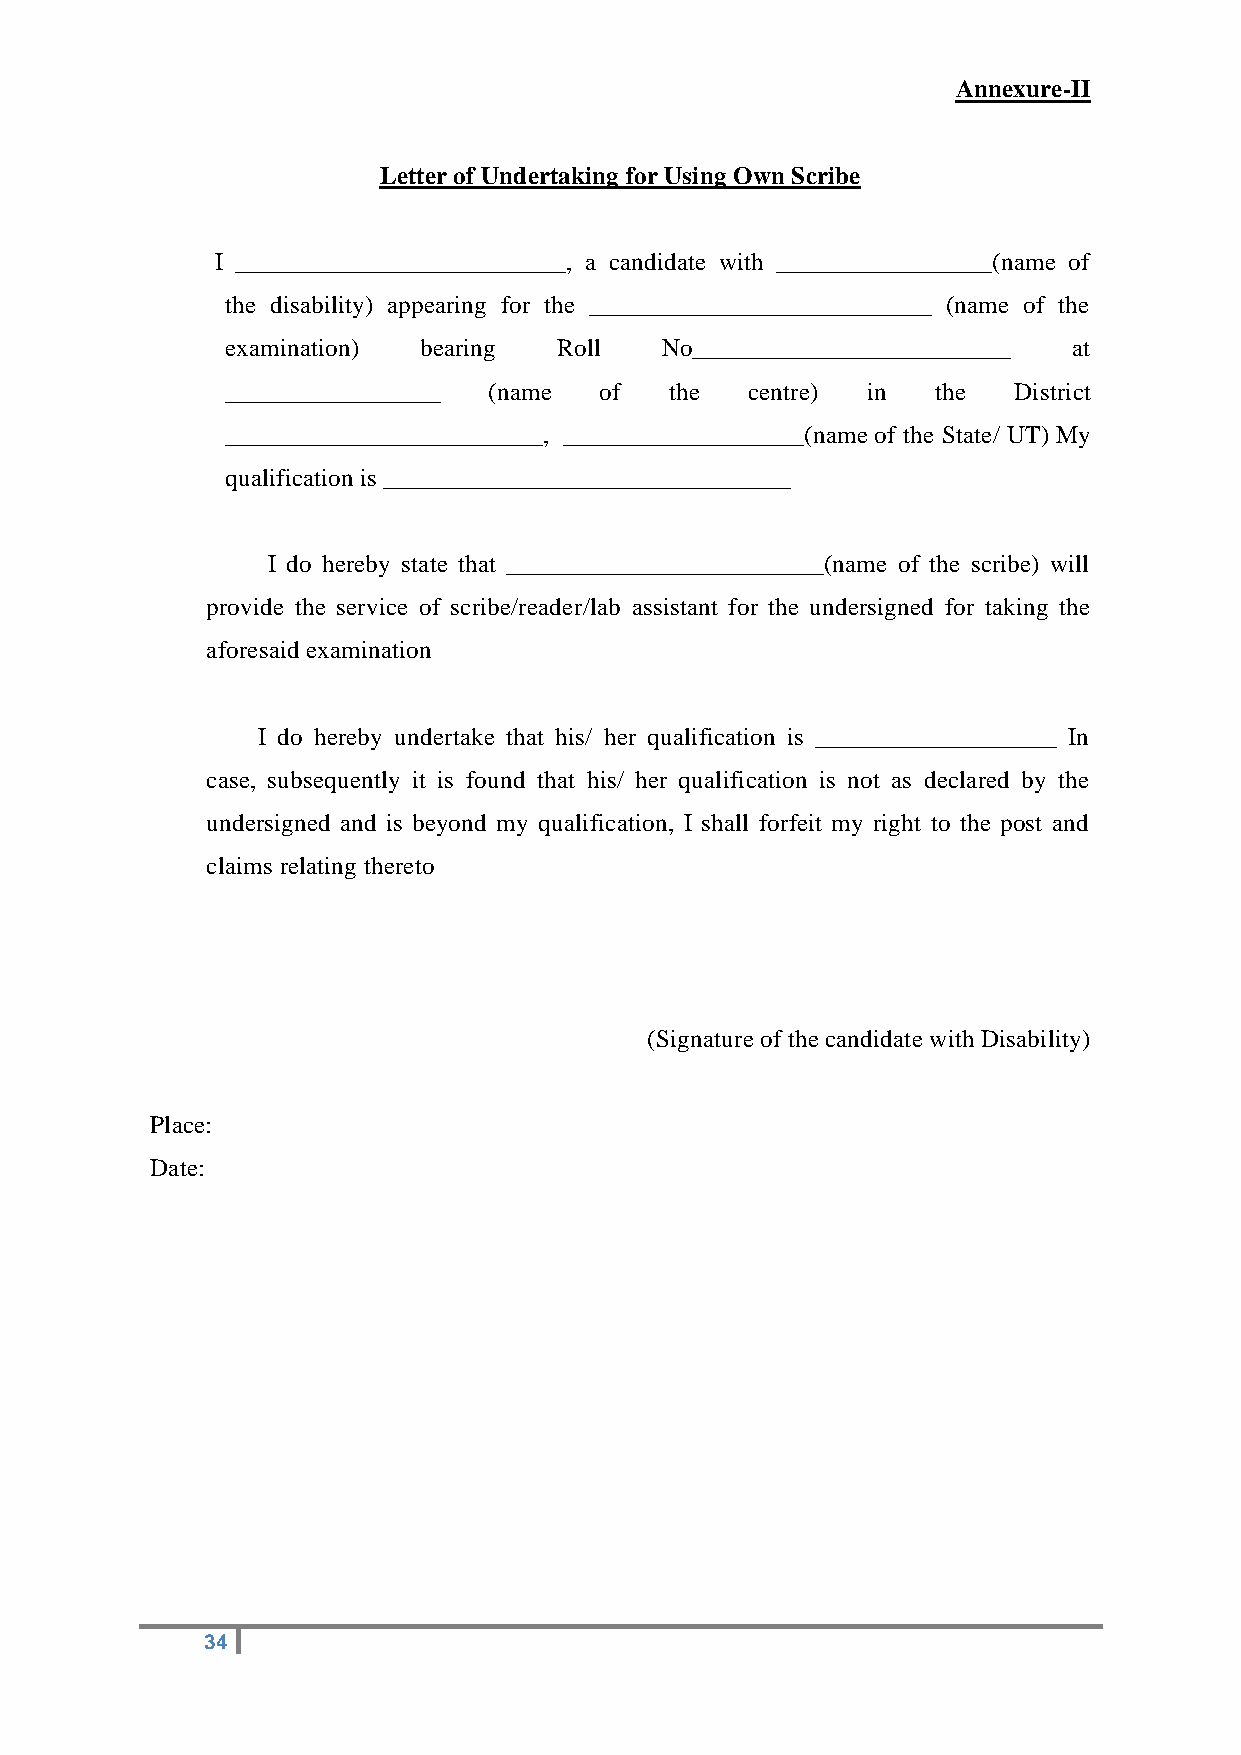
Annexure-II
 Letter of Undertaking for Using Own Scribe
 I __________________________, a candidate with _________________(name of
 the disability) appearing for the ___________________________ (name of the
 examination) bearing  Roll   No_________________________ at
 _________________ (name  of  the   centre) in  the  District
 _________________________, ___________________(name of the State/ UT) My
 qualification is ________________________________
 I do hereby state that _________________________(name of the scribe) will
 provide the service of scribe/reader/lab assistant for the undersigned for taking the
 aforesaid examination
 I do hereby undertake that his/ her qualification is ___________________ In
 case, subsequently it is found that his/ her qualification is not as declared by the
 undersigned and is beyond my qualification, I shall forfeit my right to the post and
 claims relating thereto
 (Signature of the candidate with Disability)
 Place:
 Date:
 34